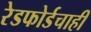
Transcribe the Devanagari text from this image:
रेडफोर्डचाही